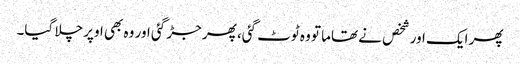
پھر ایک اور شخص نے تھاما تو وہ ٹوٹ گئی، پھر جڑ گئی اور وہ بھی اوپر چلا گیا۔